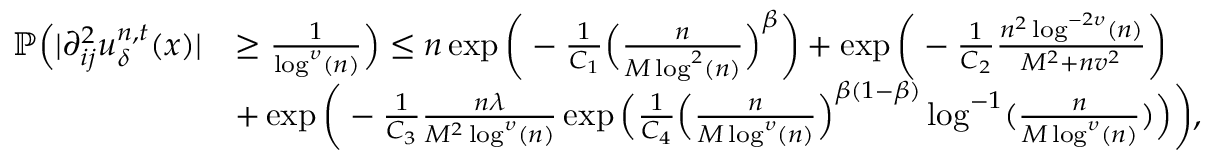
\begin{array} { r l } { \mathbb { P } \Big ( \vert \partial _ { i j } ^ { 2 } u _ { \delta } ^ { n , t } ( x ) \vert } & { \geq \frac { 1 } { \log ^ { \upsilon } ( n ) } \Big ) \leq n \exp \bigg ( - \frac { 1 } { C _ { 1 } } \Big ( \frac { n } { M \log ^ { 2 } ( n ) } \Big ) ^ { \beta } \bigg ) + \exp \bigg ( - \frac { 1 } { C _ { 2 } } \frac { n ^ { 2 } \log ^ { - 2 \upsilon } ( n ) } { M ^ { 2 } + n v ^ { 2 } } \bigg ) } \\ & { + \exp \bigg ( - \frac { 1 } { C _ { 3 } } \frac { n \lambda } { M ^ { 2 } \log ^ { \upsilon } ( n ) } \exp \Big ( \frac { 1 } { C _ { 4 } } \Big ( \frac { n } { M \log ^ { \upsilon } ( n ) } \Big ) ^ { \beta ( 1 - \beta ) } \log ^ { - 1 } ( \frac { n } { M \log ^ { \upsilon } ( n ) } ) \Big ) \bigg ) , } \end{array}